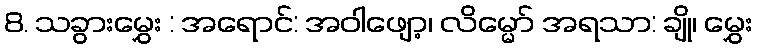
8. သခွားမွှေး : အရောင်: အဝါဖျော့၊ လိမ္မော် အရသာ: ချို၊ မွှေး